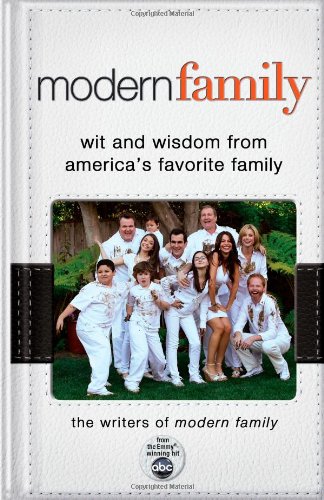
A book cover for Modern Family: Wit and Wisdom from America's Favorite Family; Writers of Modern Family; Humor & Entertainment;